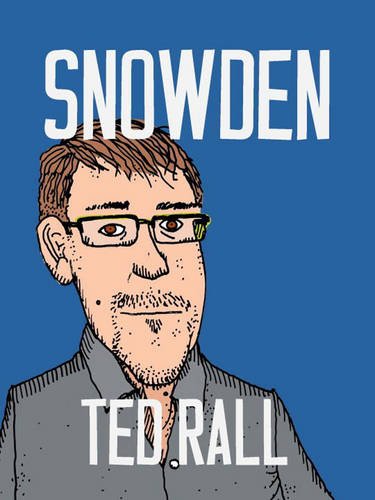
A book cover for Snowden; Ted Rall; Comics & Graphic Novels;